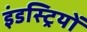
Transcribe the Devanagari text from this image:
इंडस्ट्रियों